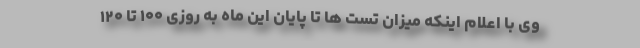
وی با اعلام اینکه میزان تست ها تا پایان این ماه به روزی ۱۰۰ تا ۱۲۰